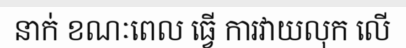
នាក់ ខណៈពេល ធ្វើ ការវាយលុក លើ